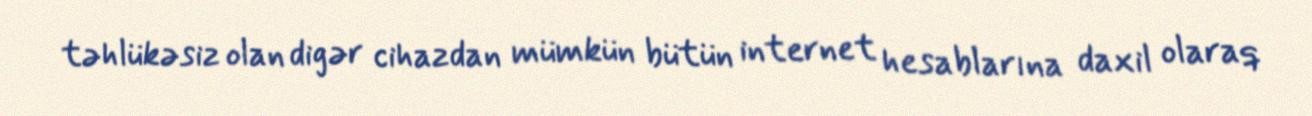
təhlükəsiz olan digər cihazdan mümkün bütün internet hesablarına daxil olaraq